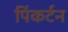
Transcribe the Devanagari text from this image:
पिंकर्टन